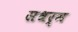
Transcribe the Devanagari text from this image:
सधर्म